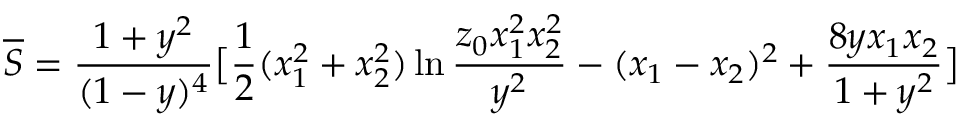
\overline { { { S } } } = \frac { 1 + y ^ { 2 } } { ( 1 - y ) ^ { 4 } } \bigl [ \frac { 1 } { 2 } ( x _ { 1 } ^ { 2 } + x _ { 2 } ^ { 2 } ) \ln \frac { z _ { 0 } x _ { 1 } ^ { 2 } x _ { 2 } ^ { 2 } } { y ^ { 2 } } - ( x _ { 1 } - x _ { 2 } ) ^ { 2 } + \frac { 8 y x _ { 1 } x _ { 2 } } { 1 + y ^ { 2 } } \bigr ]